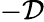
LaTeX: -\mathcal{D}